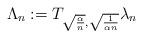
LaTeX: \begin{align*}\Lambda_n:= T_{\sqrt{\frac{\alpha}{n}},\sqrt{\frac{1}{\alpha n}}} \lambda_n \end{align*}